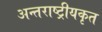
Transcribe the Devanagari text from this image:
अन्तराष्ट्रीयकृत